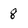
Character: 8